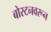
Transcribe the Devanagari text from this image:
बोस्टनवरून